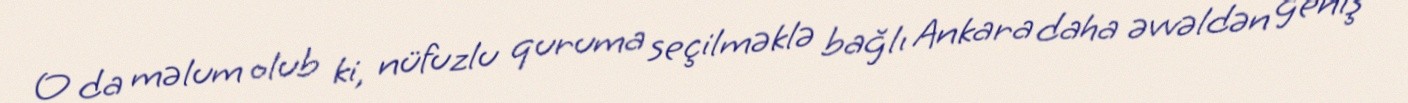
O da məlum olub ki, nüfuzlu quruma seçilməklə bağlı Ankara daha əvvəldən geniş